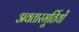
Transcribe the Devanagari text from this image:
अवतारमूर्तियों